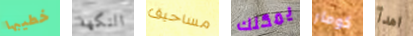
خطيبها النكهة مساحيق يمكنك كومار اهدأ